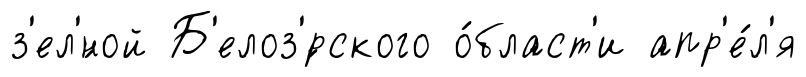
з'ел'́ной Б'елоз'́рского о́бласт'и апр'е́л'я